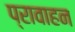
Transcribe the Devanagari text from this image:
प्रावाहन